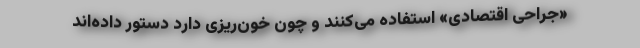
«جراحی اقتصادی» استفاده می‌کنند و چون خون‌ریزی دارد دستور داده‌اند